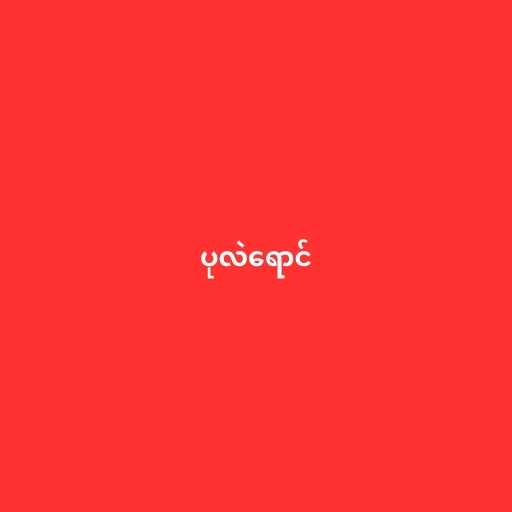
ပုလဲရောင်